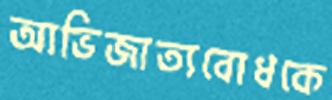
আভিজাত্যবোধকে